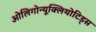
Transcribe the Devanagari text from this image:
ओलिगोन्यूक्लियोटिड्स